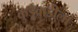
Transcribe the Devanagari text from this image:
कुर्डूवाडीला